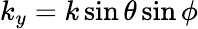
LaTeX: k_{y}=k\sin\theta\sin\phi